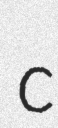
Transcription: c